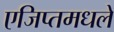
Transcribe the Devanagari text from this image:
एजिप्तमधले